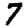
Digit: 7